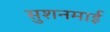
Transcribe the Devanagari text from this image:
सुशनमाई